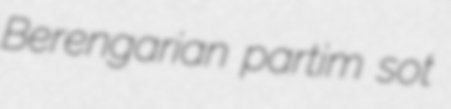
Berengarian partim sot